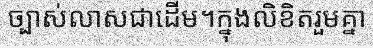
ច្បាស់លាសជាដើម។ក្នុងលិខិតរួមគ្នា